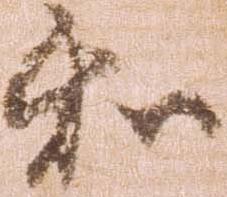
和